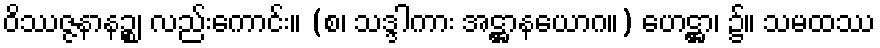
ဝိဿဇ္ဇနာနဉ္စ၊ လည်းကောင်း။ (စ၊ သဒ္ဒါကား အဋ္ဌာနယောဂ။) ဟေဋ္ဌာ၊ ၌။ သမထဿ